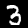
Label: 3